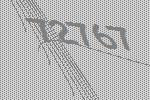
72767